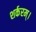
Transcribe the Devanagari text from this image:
शर्करम्।